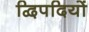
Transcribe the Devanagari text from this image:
द्विपदियों